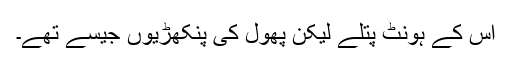
اس کے ہونٹ پتلے لیکن پھول کی پنکھڑیوں جیسے تھے۔